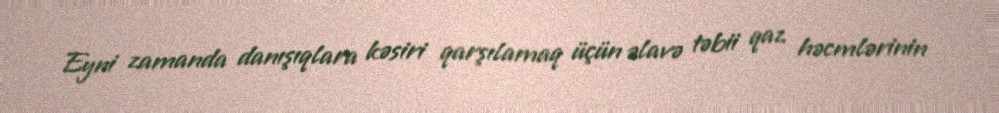
Eyni zamanda danışıqlara kəsiri qarşılamaq üçün əlavə təbii qaz həcmlərinin